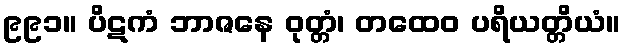
၉၉၁။ ပိဋကံ ဘာဇနေ ဝုတ္တံ၊ တထေဝ ပရိယတ္တိယံ။